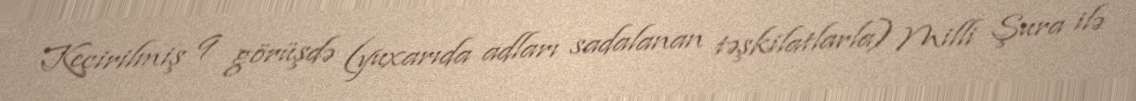
Keçirilmiş 9 görüşdə (yuxarıda adları sadalanan təşkilatlarla) Milli Şura ilə